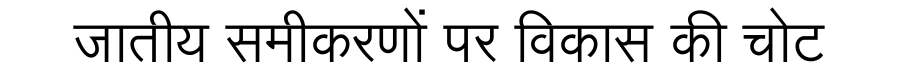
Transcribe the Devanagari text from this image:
जातीय समीकरणों पर विकास की चोट